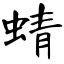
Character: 蜻